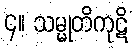
၄။ သမ္မုတိကုဋိ